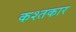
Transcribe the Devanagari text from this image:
कश्तकार